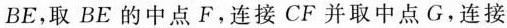
BE，取BE的中点F。连接CF并取中点G，连接